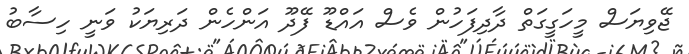
ޖޭވިޔަސް މީހަގީގަތް ދާދިފަހުން ވެސް އައްޑޫ ފޭދޫ އަންހެން ދަރިޔަކު ވަނީ ހިސާބު